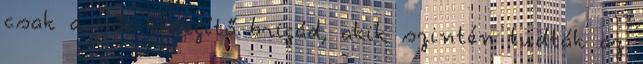
csak a női kisegítő brigád, akik szintén tudták az